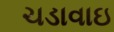
ચડાવાઇ